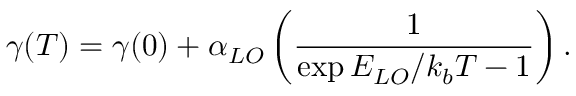
\gamma ( T ) = \gamma ( 0 ) + \alpha _ { L O } \left( \frac { 1 } { \exp { E _ { L O } / k _ { b } T } - 1 } \right) .